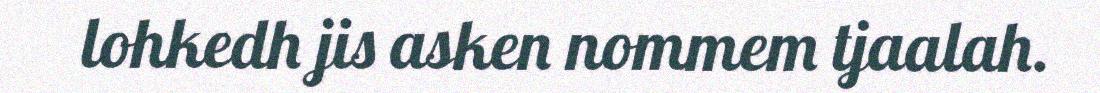
lohkedh jis asken nommem tjaalah.